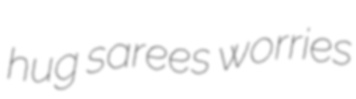
hug sarees worries